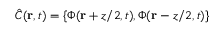
\hat { C } ( \mathbf { r } , t ) = \left\{ \Phi ( \mathbf { r } + z / 2 , t ) , \Phi ( \mathbf { r } - z / 2 , t ) \right\}